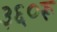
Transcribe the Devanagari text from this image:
३६०रू